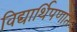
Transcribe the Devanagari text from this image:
विद्यार्थिपणात